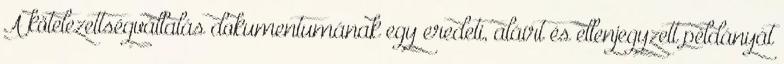
A kötelezettségvállalás dokumentumának egy eredeti, aláírt és ellenjegyzett példányát